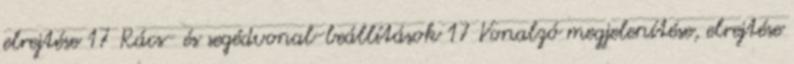
elrejtése 17 Rács- és segédvonal-beállítások 17 Vonalzó megjelenítése, elrejtése